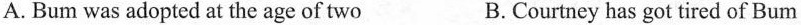
A.Bum was adopted at the age of two B.Courtney has got tired of Bum